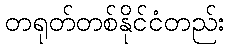
တရုတ်တစ်နိုင်ငံတည်း